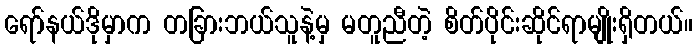
ရော်နယ်ဒိုမှာက တခြားဘယ်သူနဲ့မှ မတူညီတဲ့ စိတ်ပိုင်းဆိုင်ရာမျိုးရှိတယ်။